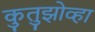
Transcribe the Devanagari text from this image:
कुतुझोव्हा